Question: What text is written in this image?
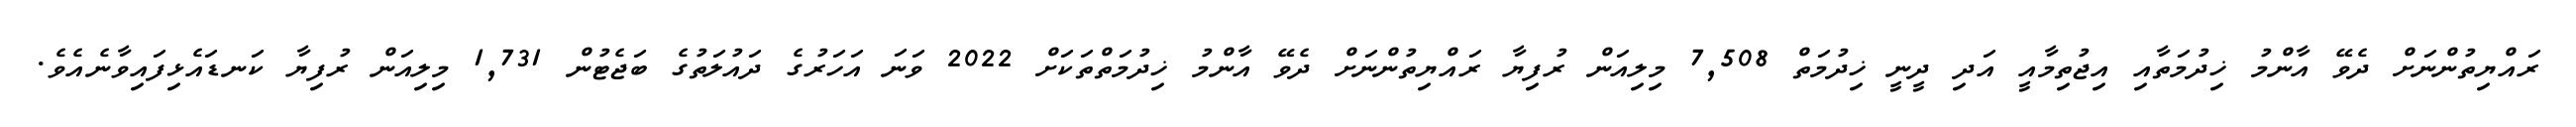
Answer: ރައްޔިތުންނަށް ދެވޭ އާންމު ޚިދުމަތާއި އިޖުތިމާއީ އަދި ދީނީ ޚިދުމަތް 7,508 މިލިއަން ރުފިޔާ ރައްޔިތުންނަށް ދެވޭ އާންމު ޚިދުމަތްތަކަށް 2022 ވަނަ އަހަރުގެ ދައުލަތުގެ ބަޖެޓުން 1,731 މިލިއަން ރުފިޔާ ކަނޑައެޅިފައިވާނެއެވެ.